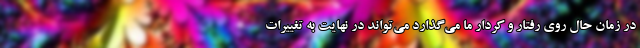
در زمان حال روی رفتار و کردار ما می‌گذارد می‌تواند در نهایت به تغییرات